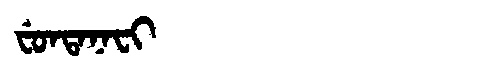
Manchu: ᠸᡠᠨᡨᠠᠨᠠᠸᡳ
Romanization: FUNTANAFI